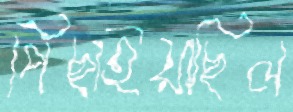
পিছাইয়াছিল